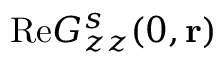
\mathrm { R e } G _ { z z } ^ { s } ( 0 , { \bf r } )